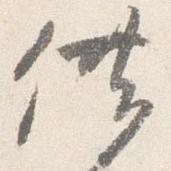
供